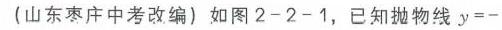
(山东枣庄中考改编) 如图2 - 2 - 1，已知抛物线\(y =-\)